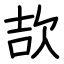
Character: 欯